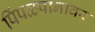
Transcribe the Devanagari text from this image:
पिंपळपानावर